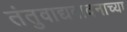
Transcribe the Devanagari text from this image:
तंतुवाद्यवादनाच्या